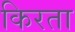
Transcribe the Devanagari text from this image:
किरता